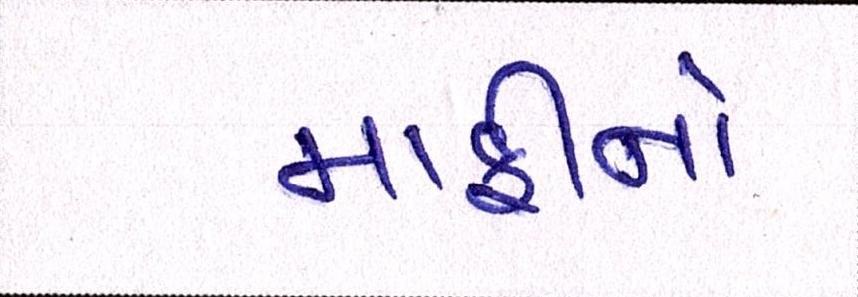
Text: માફીનો